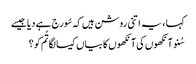
کہا ، یہ اتنی روشن ہیں کہ سُورج ہے دیا جیسے
سُنو آنکھوں کی آنکھوں کا بیاں کیسا لگا تُم کو ؟